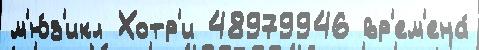
м'ю́з'икл Хотр'и 48979946 вр'ем'ена́